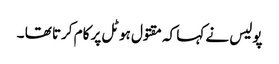
پولیس نے کہا کہ مقتول ہوٹل پر کام کرتا تھا ۔